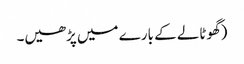
(گھوٹالے کے بارے میں پڑھیں۔